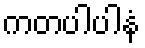
ကတပါပါနံ